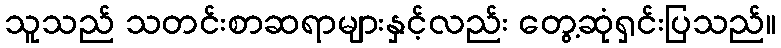
သူသည် သတင်းစာဆရာများနှင့်လည်း တွေ့ဆုံရှင်းပြသည်။